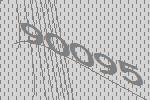
90095